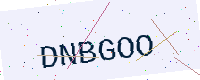
Text: DNBGOO